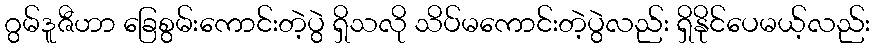
ဂွမ်ဒူဇီဟာ ခြေစွမ်းကောင်းတဲ့ပွဲ ရှိသလို သိပ်မကောင်းတဲ့ပွဲလည်း ရှိနိုင်ပေမယ့်လည်း